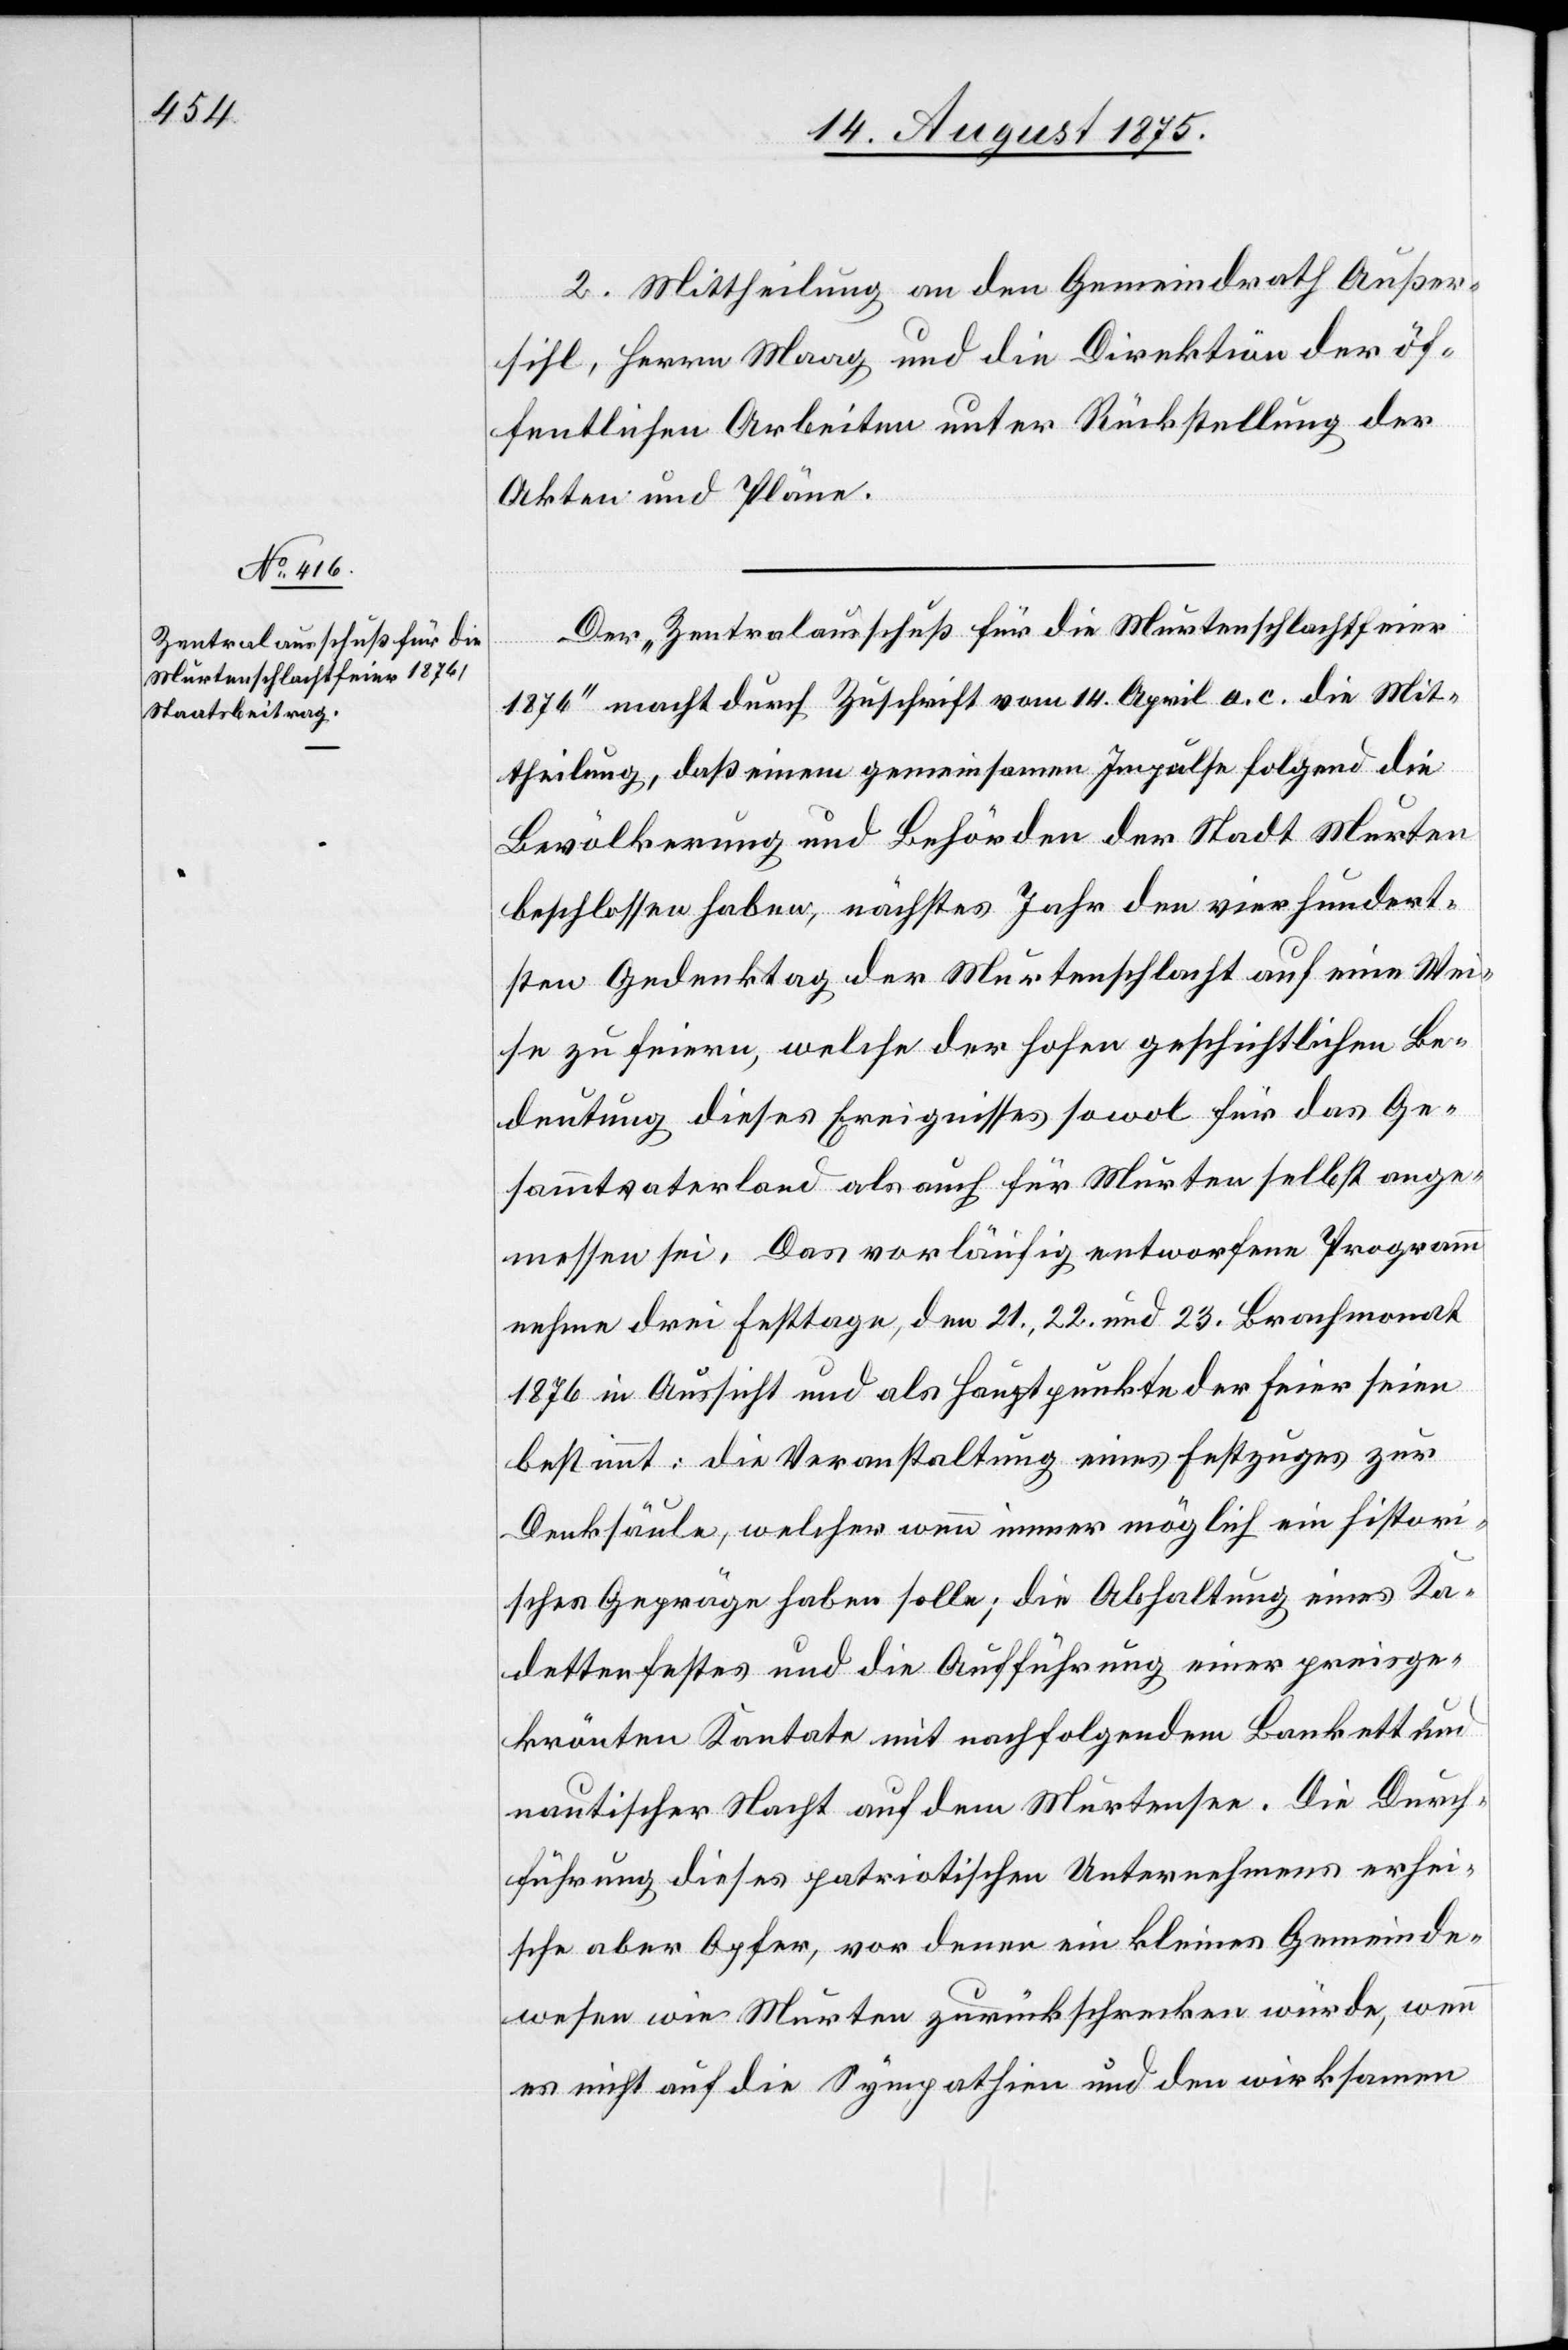
Der „Zentralausschuß für die Murtenschlachtfeier
1876“ macht durch Zuschrift vom 14. April a. c. die Mit¬
theilung, daß einem gemeinsamen Impulse folgend die
Bevölkerung und Behörden der Stadt Murten
beschlossen haben, nächstes Jahr den vierhundert¬
sten Gedenktag der Murtenschlacht auf eine Wei¬
se zu feiern, welche der hohen geschichtlichen Be¬
deutung dieses Ereignisses sowol für das Ge¬
sammtvaterland als auch für Murten selbst ange¬
messen sei. Das vorläufig entworfene Programm
nehme drei Festtage, den 21., 22. und 23. Brachmonat
1876 in Aussicht und als Hauptpunkte der Feier seien
bestimmt: die Veranstaltung eines Festzuges zur
Denksäule, welcher wenn immer möglich ein histori¬
sches Gepräge haben solle; die Abhaltung eines Ka¬
dettenfestes und die Aufführung einer preisge¬
krönten Kantate mit nachfolgendem Bankett und
nautischer Nacht auf dem Murtensee. Die Durch¬
führung dieses patriotischen Unternehmens erhei¬
sche aber Opfer, vor denen ein kleines Gemeinde¬
wesen wie Murten zurückschrecken würde, wenn
es nicht auf die Sympathien und den wirksamen